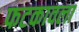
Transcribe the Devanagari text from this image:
फटकावला